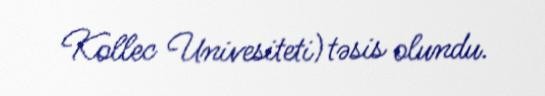
Kollec Univesiteti) təsis olundu.